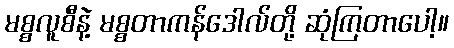
မစ္စလူစီနဲ့ မစ္စတာကန်ဒေါလ်တို့ ဆုံကြတာပေါ့။